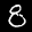
Label: 8